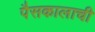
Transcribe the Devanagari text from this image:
पैसकालाची